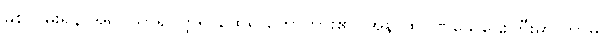
မစွဲလမ်းရန် အရှင်သာရိပုတ္တရာထေရ် ဟောတား၏။ အနာထပိဏ်သေဌေးကြီးမှာ ဘာမှ